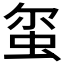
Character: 𫊱